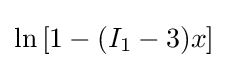
\ln \left[1-(I_{1}-3)x\right]